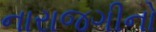
નારાજગીનો